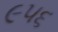
૯૫૬